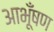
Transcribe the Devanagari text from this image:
आभूँषण